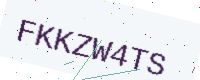
Text: FKKZW4TS